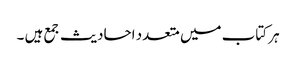
ہر کتاب میں متعدد احادیث جمع ہیں ۔